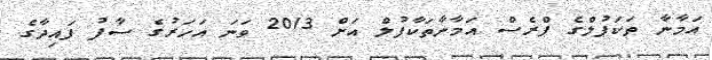
އަމާނާ ތަކަފުލްގެ ޕްރެސް އަމާނާތަކާފުލް އަށް 2013 ވަނަ އަހަރުގެ ސާފު ފައިދާގެ